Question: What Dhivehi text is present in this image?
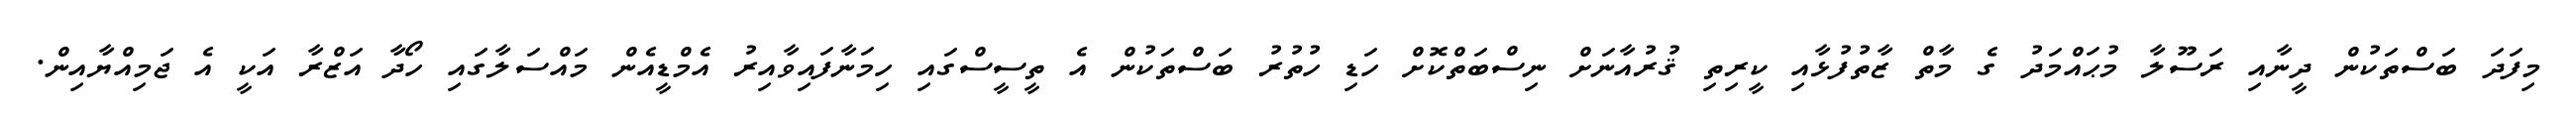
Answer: މިފަދަ ބަސްތަކުން ދީނާއި ރަސޫލާ މުޙައްމަދު ގެ މާތް ޒާތުފުޅާއި ކީރިތި ޤުރުއާނަށް ނިސްބަތްކޮށް ހަޑި ހުތުރު ބަސްތަކުން އެ ތީސީސްގައި ހިމަނާފައިވާއިރު އެމްޑީއެން މައްސަލާގައި ހޯދާ އަޒްރާ އަކީ އެ ޖަމިއްޔާއިން.